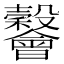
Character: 𣫪